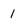
Character: 1